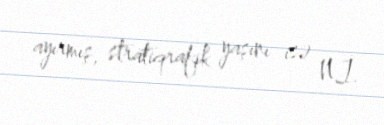
ayırmış, stratiqrafik yaşını isə N.İ.